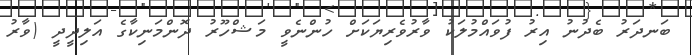
ބަނދަރު ބެދުނު އިރު ފުވައްމުލަކު ވާރުވެރިޔަކަށް ހުންނެވީ މަޝްހޫރު ދޮންމަނިކާގެ އަލިދީދީ (ވާރު